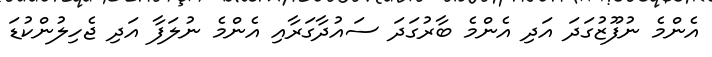
އެންމެ ނުފޫޒުގަދަ އަދި އެންމެ ބާރުގަދަ ސައުދާގަރާއި އެންމެ ނުލަފާ އަދި ޖެހިލުންކުޑަ